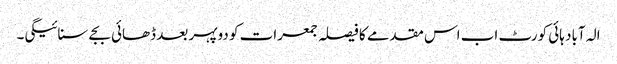
الہ آباد ہائی کورٹ اب اس مقدمے کا فیصلہ جمعرات کو دوپہر بعد ڈھائی بجے سنائیگی۔